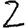
Digit: 2